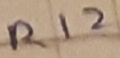
Text: R12